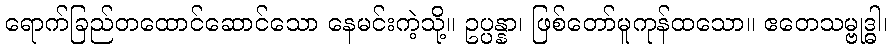
ရောက်ခြည်တထောင်ဆောင်သော နေမင်းကဲ့သို့။ ဥပ္ပန္နာ၊ ဖြစ်တော်မူကုန်ထသော။ ဧတေသမ္ဗုဒ္ဓါ၊